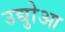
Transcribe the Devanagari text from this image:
उद्योुआ